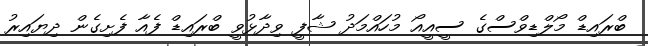
ބްރައިޑް މޯލްޑިވްސްގެ ސީއީއޯ މުހައްމަދު ޝާފީ ވިދާޅުވީ ބްރައިޑް ފެއާ ފެށިގެން ދިޔައިރު